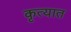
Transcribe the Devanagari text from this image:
कृत्यात